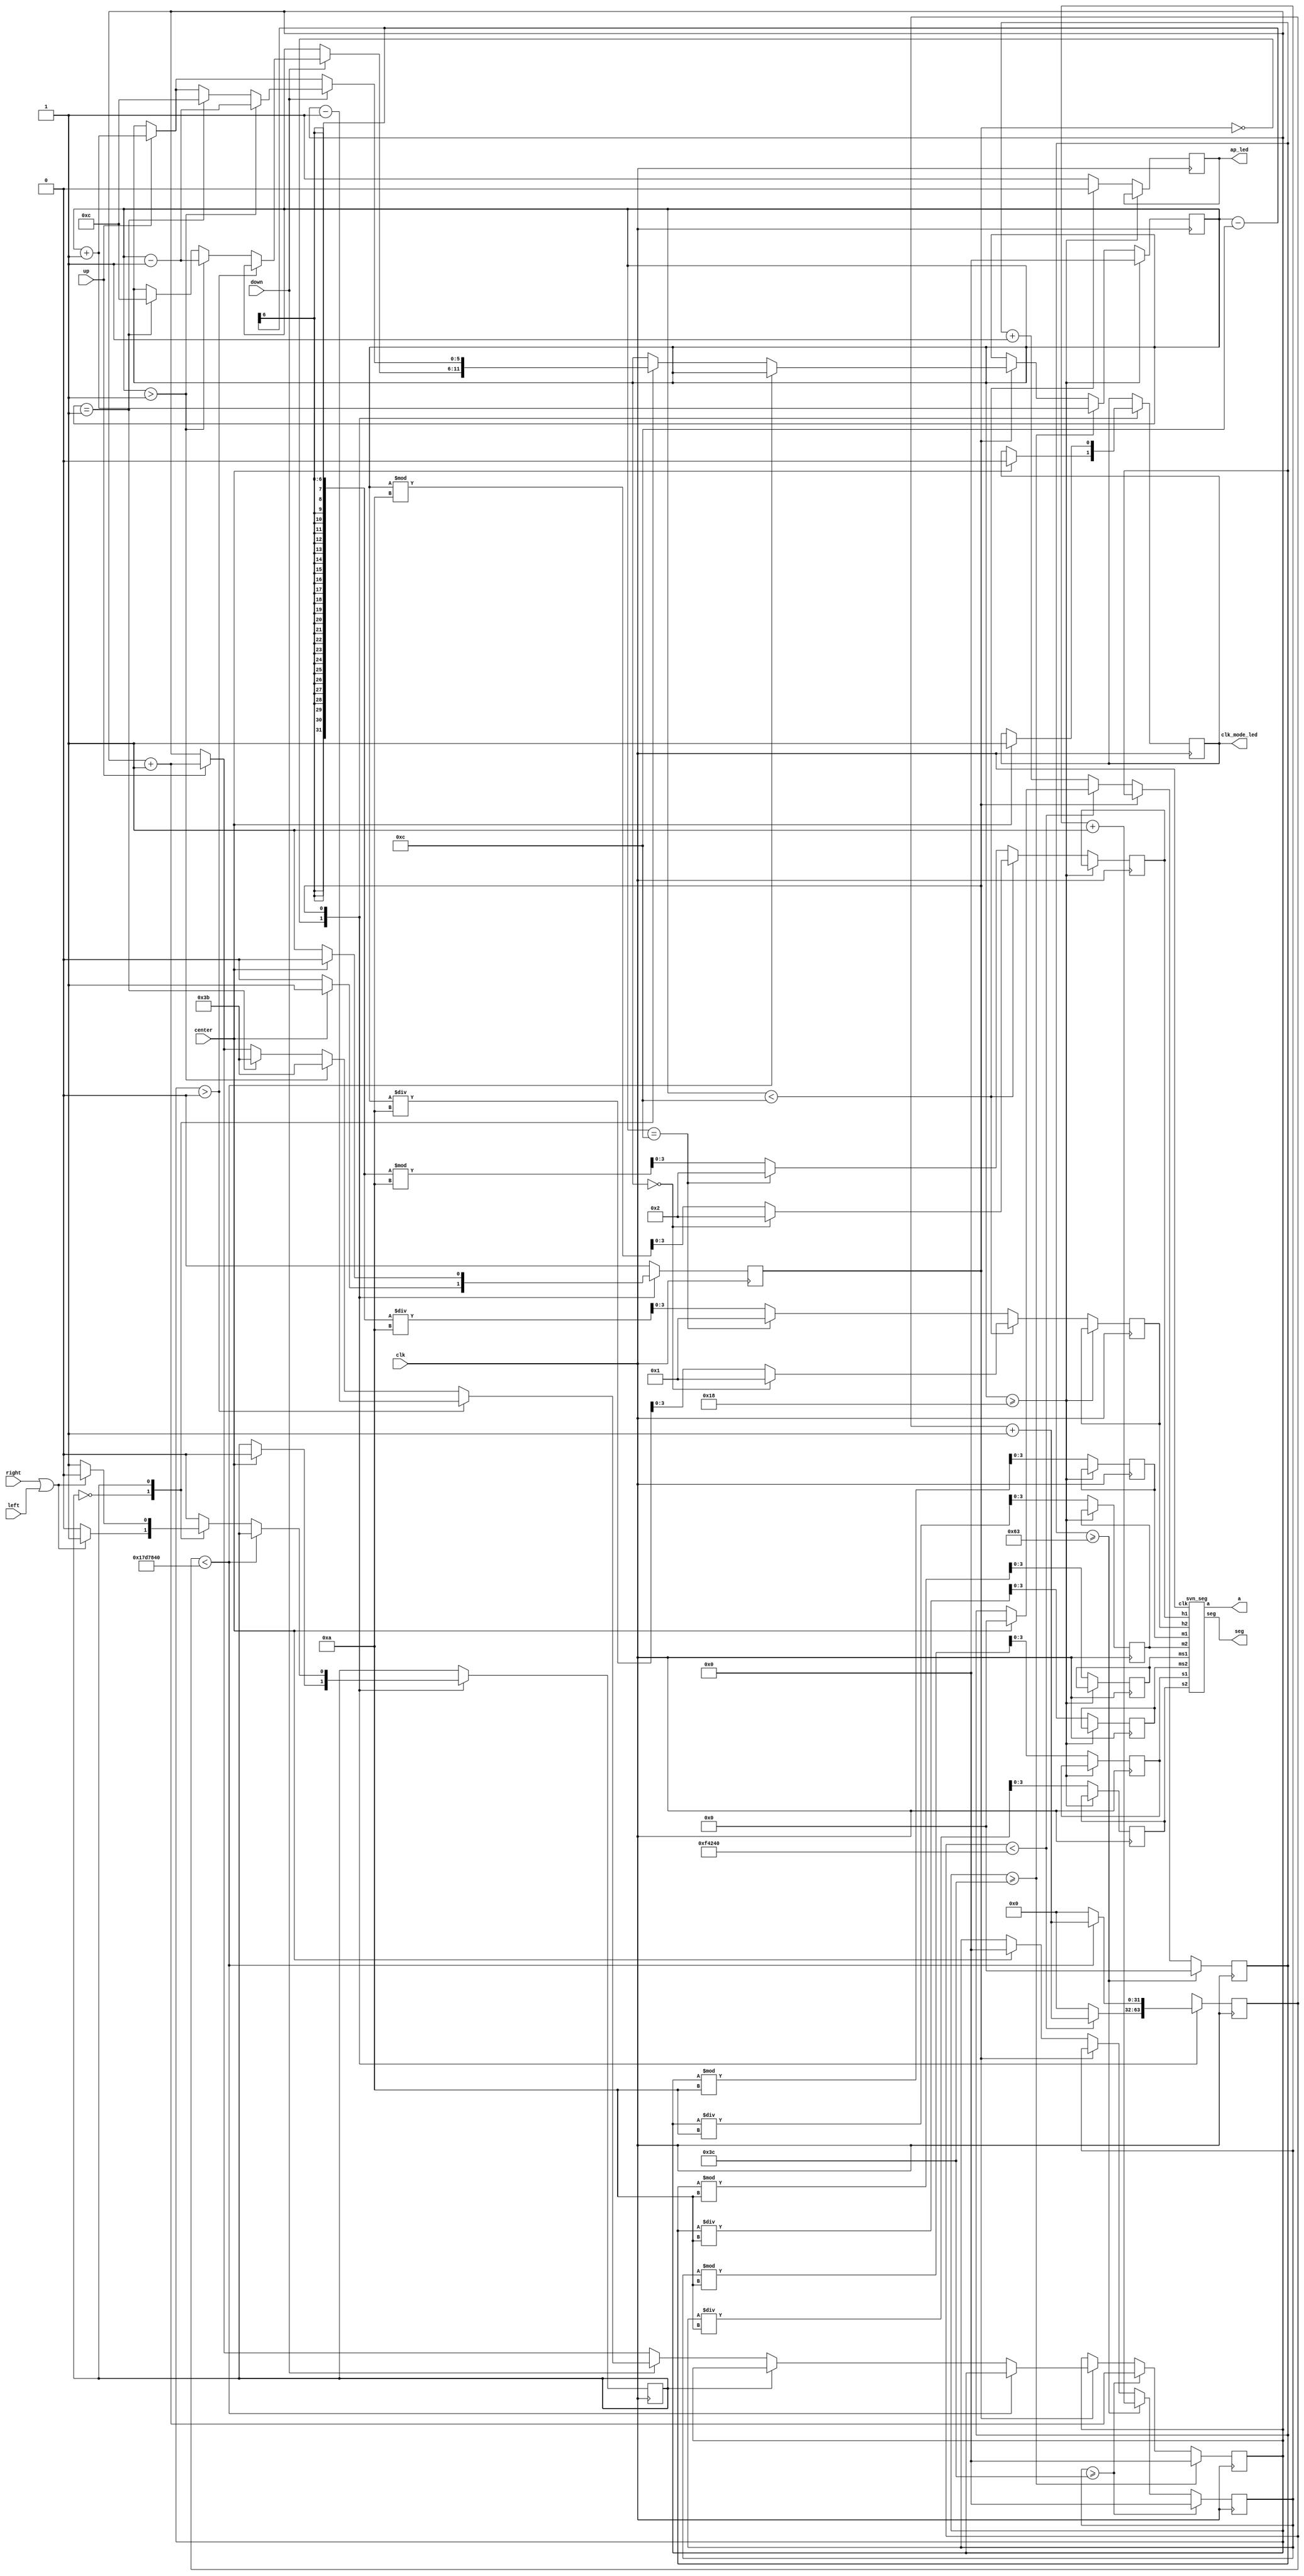
`timescale 1ns / 1ps
//////////////////////////////////////////////////////////////////////////////////
// Company: NATIONAL INSTITUTE OF TECHNOLOGY WARANGAL
//
// Design Name: 
// Module Name: CLOCK_12HOURS
//////////////////////////////////////////////////////////////////////////////////


module CLOCK_12HOURS
(input clk, 
input center, 
input right, 
input left, 
input up, 
input down, 
output [6:0] seg, 
output [7:0] a, 
output ap_led, 
output clk_mode_led);

reg [31 :0] counter = 0;
parameter max_count = 1000000;

reg [5:0] hr, min, sec = 0;
reg [6:0] msec = 0;
reg [3:0] ms1, ms2, s1, s2, m1, m2, h1, h2 =0;
reg toggle = 0;
   
reg pm = 0;
assign ap_led = pm;
reg clock_mode = 0;
assign clk_mode_led = clock_mode;

svn_seg sseg(clk, ms1, ms2, s1, s2, m1, m2, h1, h2, seg, a);

parameter display_time = 1'b0;
parameter set_time = 1'b1;
reg current_mode = set_time;

always @(posedge clk) 
begin
case (current_mode)
display_time : begin
if (center) begin
clock_mode <= 0;
current_mode <= set_time;
counter <= 0;
toggle <=0;
sec <=0;
msec <= 0;
end

if (counter < max_count) begin
counter <= counter +1;
end
else begin
counter <= 0;
msec <= msec +1;
end 
end

set_time : begin
if (center) begin
clock_mode <= 1;
current_mode <= display_time;
end

if (counter < (25000000)) begin
counter <= counter + 1;
end
else begin
counter <= 0;
case (toggle)
1'b0: begin
if (up) begin
min <= min +1;
end
if (down) begin
if (min>0) begin
min <= min -1;
end
else if (hr >1) begin
hr <= hr -1;
min <=59;
end 
else if (hr == 1) begin
hr <= 12;
min <= 59;
end 
end

if (left || right ) begin
toggle <= 1;
end
end

1'b1: begin
if (up) begin
hr <= hr + 1;
end
if (down) begin
if (hr >1) begin
hr <= hr -1;
end
else if (hr == 1) begin
hr <= 12;
end
end
if (right || left) begin
toggle <= 0;
end
end
endcase
end
end
endcase


if (msec >= 99) begin
msec <= 0;
sec <= sec +1;
end
if (sec >= 60) begin
sec <= 0;
min <= min +1;
end
if (min >= 60) begin
min <= 0;
hr <= hr +1;
end
if (hr >= 24) begin
hr <= 0;
end

else begin
ms1 <= msec %10;
ms2 <= msec /10;
s1 <= sec %10;
s2 <= sec / 10;
m1 <= min % 10;
m2 <= min /10;
if (hr < 12) begin
if ( hr == 0) begin
h1 <= 2;
h2 <= 1;
end
else begin
h1 <= hr%10;
h2 <= hr/10;
end
pm <= 0;
end
else begin
if (hr == 12) begin
h1 <= 2;
h2 <= 1;
end
else begin
h1 <= (hr - 12) %10;
h2 <= (hr - 12) /10;
end
pm <= 1;
end
end
end


endmodule






module svn_seg( input clk, input [3:0] ms1, input [3:0] ms2, input [3:0] s1, input [3:0] s2, input [3:0] m1, input [3:0] m2, input [3:0] h1, input [3:0] h2, output reg [6:0] seg, output reg [7:0] a);

reg [2:0] digit_display = 0;
reg [6:0] display [7:0];

reg [18:0] counter =0;
parameter max_count = 250000;
wire [3:0] four_bit [7:0];

assign four_bit[0] = ms1;
assign four_bit[1] =ms2;
assign four_bit[2] = s1;
assign four_bit[3] = s2;
assign four_bit[4] = m1;
assign four_bit[5] = m2;
assign four_bit[6] = h1;
assign four_bit[7] = h2;

always @(posedge clk)
begin
if (counter < max_count) begin
counter <= counter+1;
end
else begin
digit_display <= digit_display + 1;
counter <=0;
end

case(four_bit[digit_display])
4'b0000 : display[digit_display] <= 7'b1000000;
4'b0001 : display[digit_display] <= 7'b1111001;
4'b0010 : display[digit_display] <= 7'b0100100;
4'b0011 : display[digit_display] <= 7'b0110000;
4'b0100 : display[digit_display] <= 7'b0011001;
4'b0101 : display[digit_display] <= 7'b0010010;
4'b0110 : display[digit_display] <= 7'b0000010;
4'b0111 : display[digit_display] <= 7'b1111000;
4'b1000 : display[digit_display] <= 7'b0000000;
4'b1001 : display[digit_display] <= 7'b0011000;
default : display[digit_display] <= 7'b1111111;
endcase


case(digit_display)
0: begin
a <= 8'b11111110;
seg <= display[0];
end
1: begin
a <= 8'b11111101;
seg <= display[1];
end
2: begin
a <= 8'b11111011;
seg <= display[2];
end
3: begin
a <= 8'b11110111;
seg <= display[3];
end
4: begin
a <= 8'b11101111;
seg <= display[4];
end
5: begin
a <= 8'b11011111;
seg <= display[5];
end
6: begin
a <= 8'b10111111;
seg <= display[6];
end
7: begin
a <= 8'b0111111;
seg <= display[7];
end
endcase 
end

endmodule